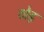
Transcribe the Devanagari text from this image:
ठोड़